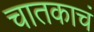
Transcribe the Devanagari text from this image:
चातकाचं